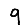
Digit: 9